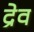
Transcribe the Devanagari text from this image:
द्रेव